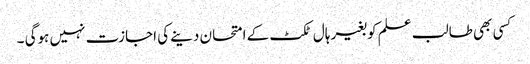
کسی بھی طالب علم کو بغیر ہال ٹکٹ کے امتحان دینے کی اجازت نہیں ہوگی ۔